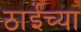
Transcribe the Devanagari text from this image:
ठाईच्या